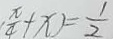
\frac { \pi } { 4 } + x ) = \frac { 1 } { 2 }